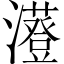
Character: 𤃥